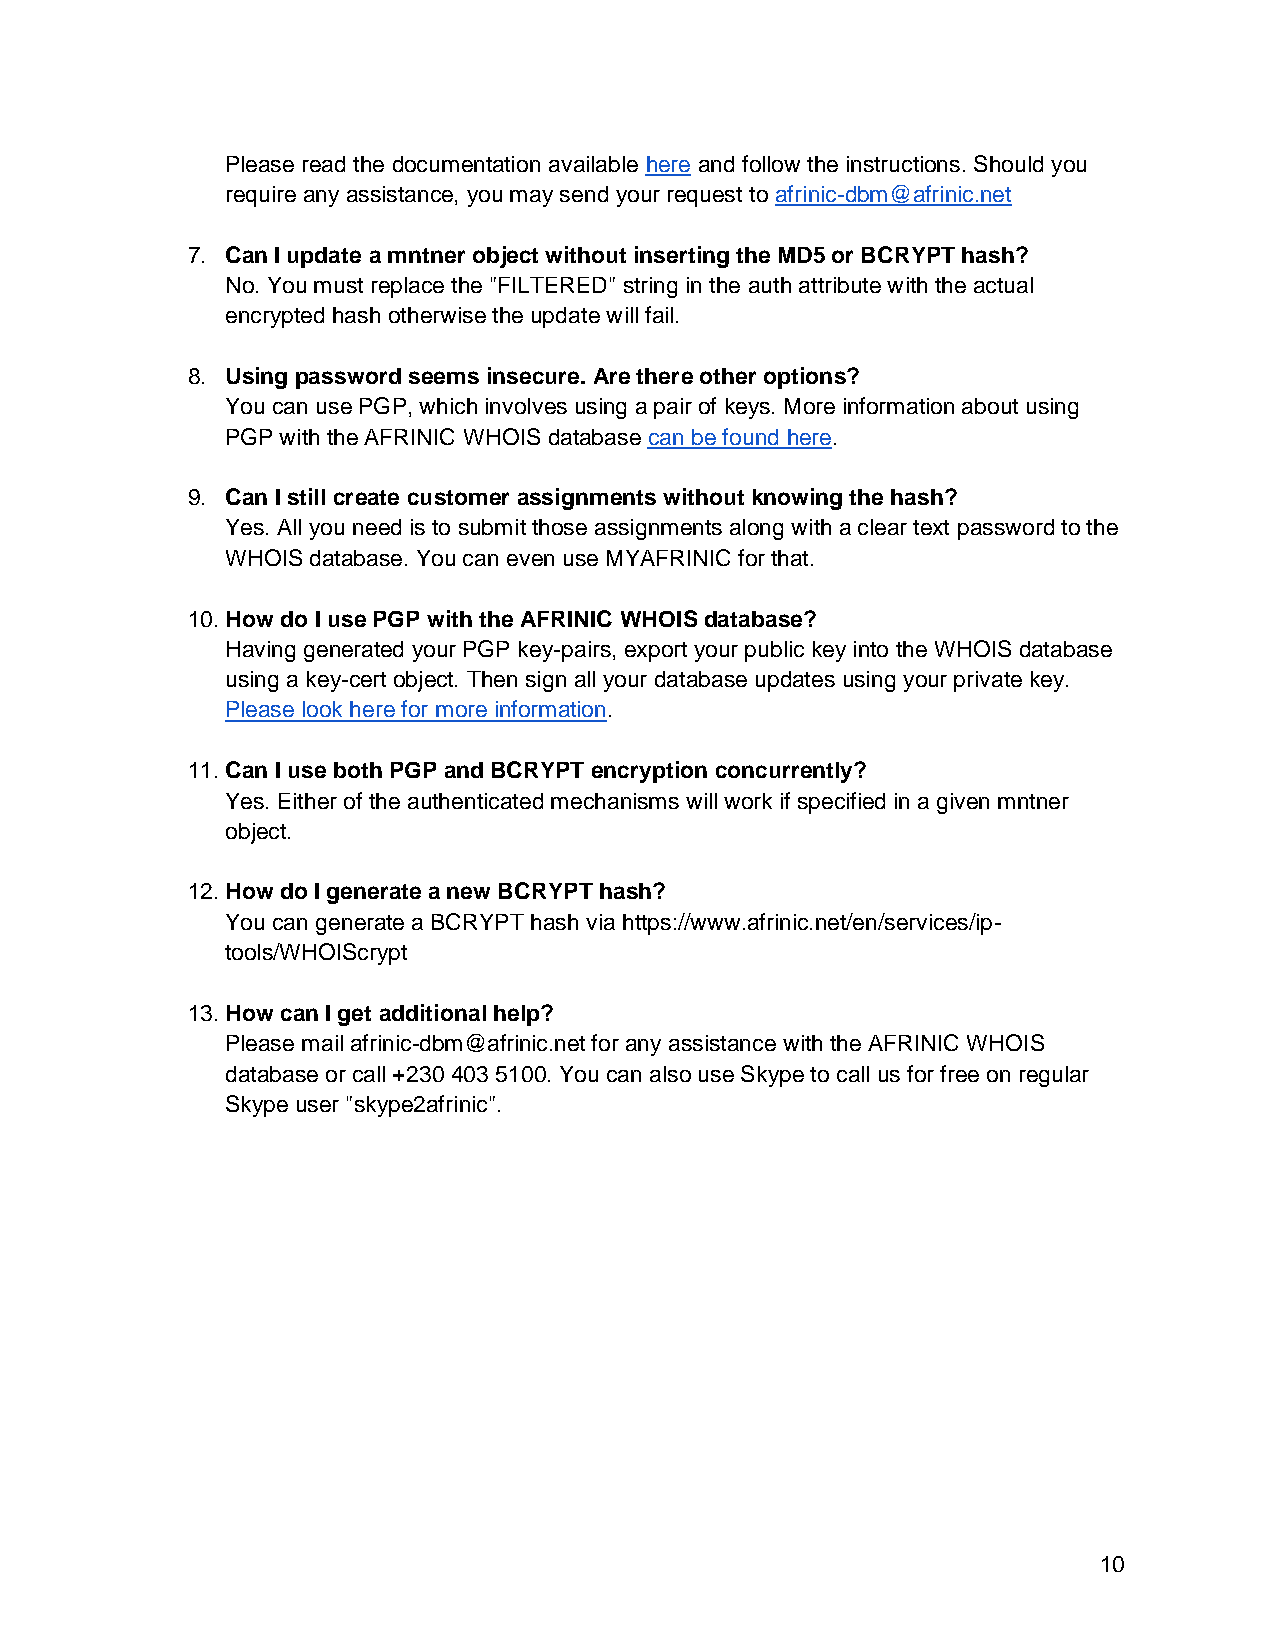
Please read the documentation available here and follow the instructions. Should you
 require any assistance, you may send your request to afrinic-dbm@afrinic.net
 7. Can I update a mntner object without inserting the MD5 or BCRYPT hash?
 No. You must replace the "FILTERED" string in the auth attribute with the actual
 encrypted hash otherwise the update will fail.
 8. Using password seems insecure. Are there other options?
 You can use PGP, which involves using a pair of keys. More information about using
 PGP with the AFRINIC WHOIS database can be found here.
 9. Can I still create customer assignments without knowing the hash?
 Yes. All you need is to submit those assignments along with a clear text password to the
 WHOIS database. You can even use MYAFRINIC for that.
 10. How do I use PGP with the AFRINIC WHOIS database?
 Having generated your PGP key-pairs, export your public key into the WHOIS database
 using a key-cert object. Then sign all your database updates using your private key.
 Please look here for more information.
 11. Can I use both PGP and BCRYPT encryption concurrently?
 Yes. Either of the authenticated mechanisms will work if specified in a given mntner
 object.
 12. How do I generate a new BCRYPT hash?
 You can generate a BCRYPT hash via https://www.afrinic.net/en/services/ip-
 tools/WHOIScrypt
 13. How can I get additional help?
 Please mail afrinic-dbm@afrinic.net for any assistance with the AFRINIC WHOIS
 database or call +230 403 5100. You can also use Skype to call us for free on regular
 Skype user "skype2afrinic".
 10